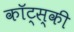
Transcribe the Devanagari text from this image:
कॉट्स्की